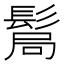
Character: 𩭊